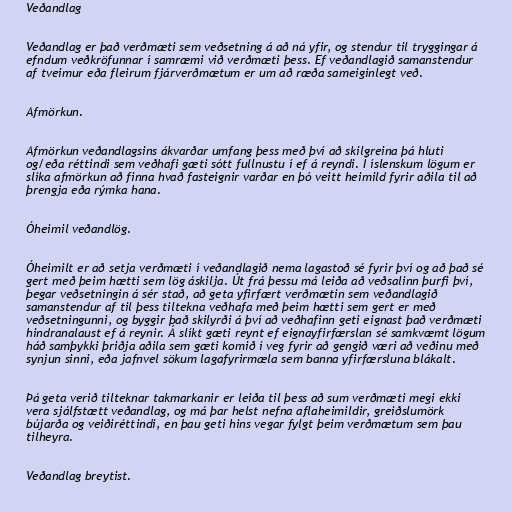
Veðandlag

Veðandlag er það verðmæti sem veðsetning á að ná yfir, og stendur til tryggingar á
efndum veðkröfunnar í samræmi við verðmæti þess. Ef veðandlagið samanstendur
af tveimur eða fleirum fjárverðmætum er um að ræða sameiginlegt veð.

Afmörkun.

Afmörkun veðandlagsins ákvarðar umfang þess með því að skilgreina þá hluti
og/eða réttindi sem veðhafi gæti sótt fullnustu í ef á reyndi. Í íslenskum lögum er
slíka afmörkun að finna hvað fasteignir varðar en þó veitt heimild fyrir aðila til að
þrengja eða rýmka hana.

Óheimil veðandlög.

Óheimilt er að setja verðmæti í veðandlagið nema lagastoð sé fyrir því og að það sé
gert með þeim hætti sem lög áskilja. Út frá þessu má leiða að veðsalinn þurfi því,
þegar veðsetningin á sér stað, að geta yfirfært verðmætin sem veðandlagið
samanstendur af til þess tiltekna veðhafa með þeim hætti sem gert er með
veðsetningunni, og byggir það skilyrði á því að veðhafinn geti eignast það verðmæti
hindranalaust ef á reynir. Á slíkt gæti reynt ef eignayfirfærslan sé samkvæmt lögum
háð samþykki þriðja aðila sem gæti komið í veg fyrir að gengið væri að veðinu með
synjun sinni, eða jafnvel sökum lagafyrirmæla sem banna yfirfærsluna blákalt.

Þá geta verið tilteknar takmarkanir er leiða til þess að sum verðmæti megi ekki
vera sjálfstætt veðandlag, og má þar helst nefna aflaheimildir, greiðslumörk
bújarða og veiðiréttindi, en þau geti hins vegar fylgt þeim verðmætum sem þau
tilheyra.

Veðandlag breytist.